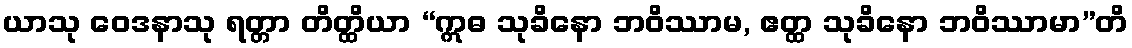
ယာသု ဝေဒနာသု ရတ္တာ တိတ္ထိယာ “ဣဓ သုခိနော ဘဝိဿာမ, ဧတ္ထ သုခိနော ဘဝိဿာမာ”တိ